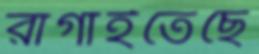
রাগাইতেছে